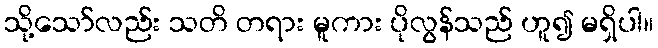
သို့သော်လည်း သတိ တရား မူကား ပိုလွန်သည် ဟူ၍ မရှိပါ။